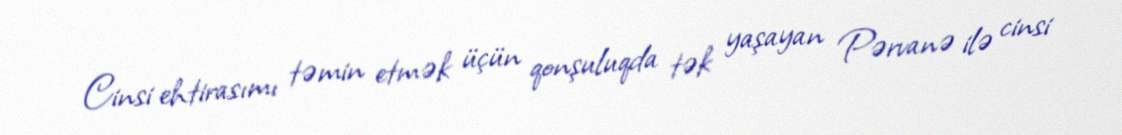
Cinsi ehtirasımı təmin etmək üçün qonşuluqda tək yaşayan Pərvanə ilə cinsi